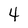
Character: 4